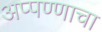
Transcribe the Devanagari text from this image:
अप्पण्णाचा